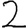
Digit: 2